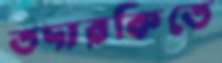
তদারকিতে